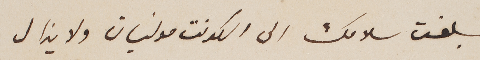
بلغت سلامك الى الكونت مولنيان ولا يزال